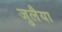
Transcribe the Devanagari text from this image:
जुलैया